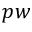
p w